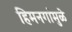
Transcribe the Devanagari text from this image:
हिमनगांमुळे